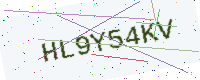
Text: HL9Y54KV